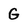
Character: G